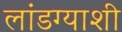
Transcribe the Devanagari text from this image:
लांडग्याशी